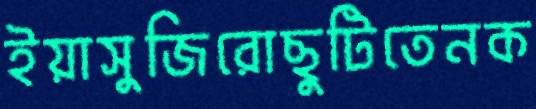
ইয়াসুজিরোছুটিতেনক